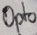
Text: Opto